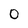
Character: 0